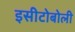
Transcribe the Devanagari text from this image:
इसीटोबोली